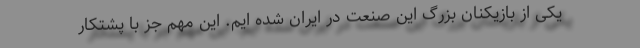
یکی از بازیکنان بزرگ این صنعت در ایران شده ایم. این مهم جز با پشتکار